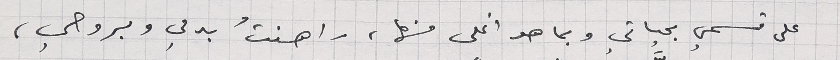
على قسمي بحياتي وبما هو اغلى منها، راهنتُ بدمي وبروحي،